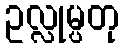
ဥလ္လုမ္ပတု